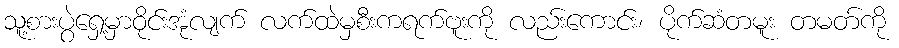
သူ့စားပွဲရှေ့မှာဝိုင်းအုံလျက် လက်ထဲမှစီးကရက်ဗူးကို လည်းကောင်း၊ ပိုက်ဆံတမူး တမတ်ကို